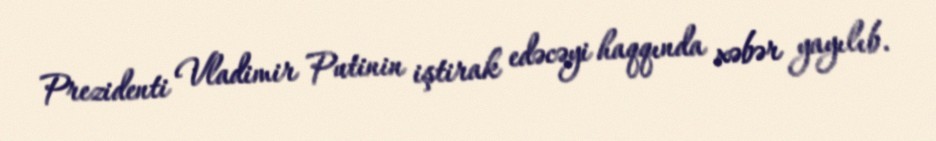
Prezidenti Vladimir Putinin iştirak edəcəyi haqqında xəbər yayılıb.